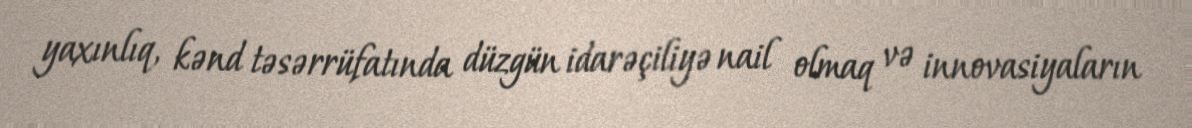
yaxınlıq, kənd təsərrüfatında düzgün idarəçiliyə nail olmaq və innovasiyaların